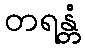
တရန္တံ